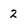
Character: 2